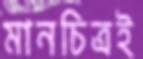
মানচিত্রই